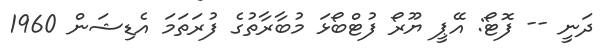
ދަނީ -- ފޮޓޯ: އޭޕީ ޔޫރޯ ފުޓްބޯޅަ މުބާރާތުގެ ފުރަތަމަ އެޑިޝަން 1960